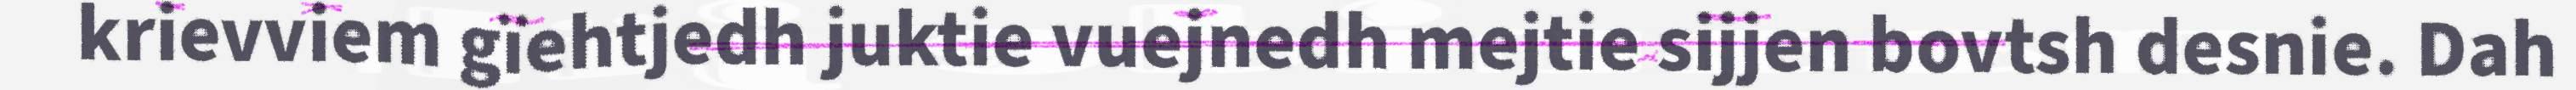
krievviem gïehtjedh juktie vuejnedh mejtie sijjen bovtsh desnie. Dah